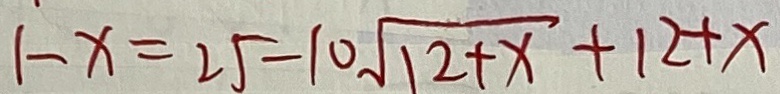
1 - x = 2 5 - 1 0 \sqrt { 1 2 + x } + 1 2 + x